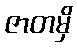
ဇာတမှိ